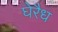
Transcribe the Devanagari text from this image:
घेरैध